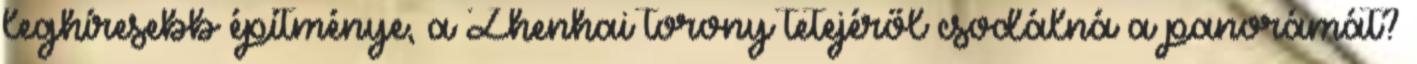
leghíresebb építménye, a Zhenhai torony tetejéről csodálná a panorámát?